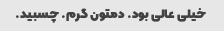
خیلی عالی بود. دمتون گرم. چسبید.